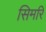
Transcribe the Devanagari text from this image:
सिमरि